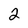
Character: 2